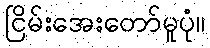
ငြိမ်းအေးတော်မူပုံ။